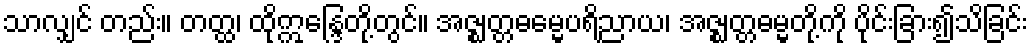
သာလျှင် တည်း။ တတ္ထ၊ ထိုဣန္ဒြေတို့တွင်။ အဇ္ဈတ္တဓမ္မေပရိညာယ၊ အဇ္ဈတ္တဓမ္မတို့ကို ပိုင်းခြား၍သိခြင်း